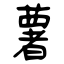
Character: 薯